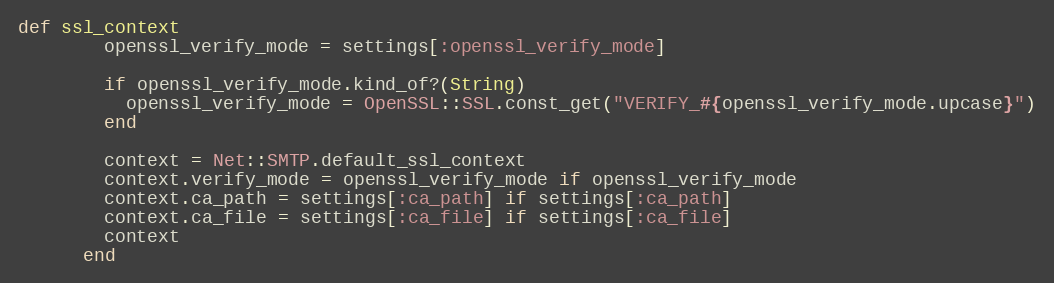
Language: Ruby
def ssl_context
        openssl_verify_mode = settings[:openssl_verify_mode]

        if openssl_verify_mode.kind_of?(String)
          openssl_verify_mode = OpenSSL::SSL.const_get("VERIFY_#{openssl_verify_mode.upcase}")
        end

        context = Net::SMTP.default_ssl_context
        context.verify_mode = openssl_verify_mode if openssl_verify_mode
        context.ca_path = settings[:ca_path] if settings[:ca_path]
        context.ca_file = settings[:ca_file] if settings[:ca_file]
        context
      end